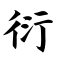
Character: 衍